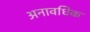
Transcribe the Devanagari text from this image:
अनावधिक